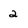
Character: 2